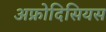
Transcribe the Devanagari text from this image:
अफ्रोदिसियस